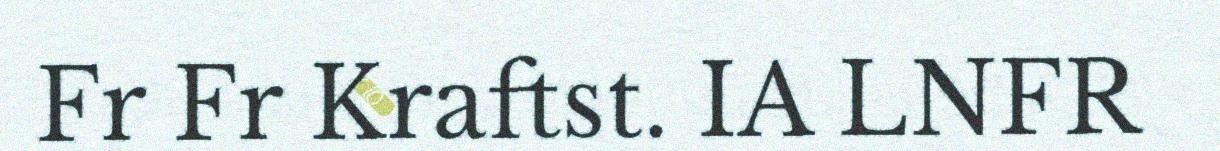
Fr Fr Kraftst. IA LNFR